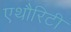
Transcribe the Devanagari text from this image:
एथौरिटी